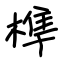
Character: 榫